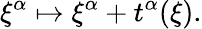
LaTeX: \xi^{\alpha}\mapsto\xi^{\alpha}+t^{\alpha}(\xi).